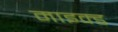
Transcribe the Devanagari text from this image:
माइक्ड